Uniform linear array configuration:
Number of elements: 12
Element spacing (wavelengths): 0.75
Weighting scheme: blackman
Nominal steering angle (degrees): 30
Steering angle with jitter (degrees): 28.448
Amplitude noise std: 0.05
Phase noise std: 0.05

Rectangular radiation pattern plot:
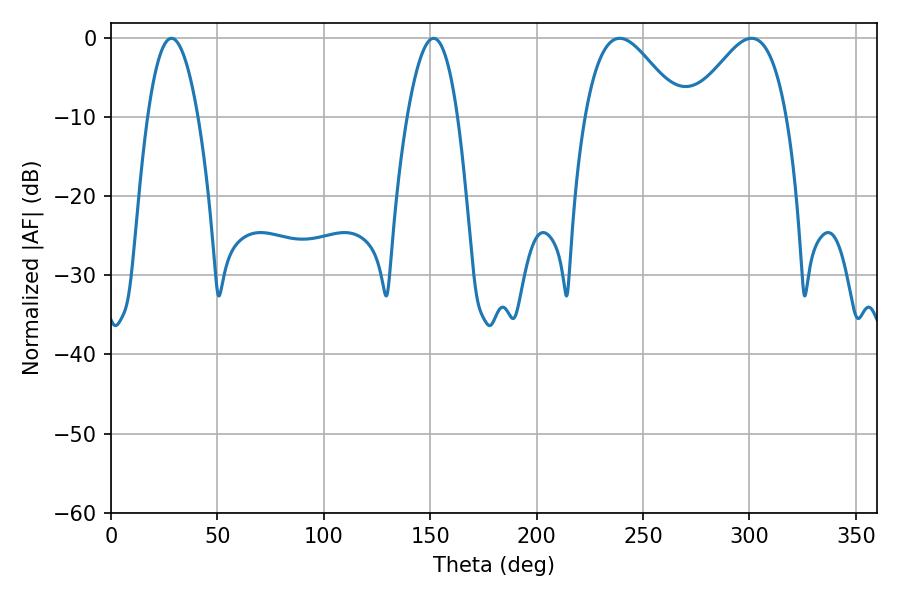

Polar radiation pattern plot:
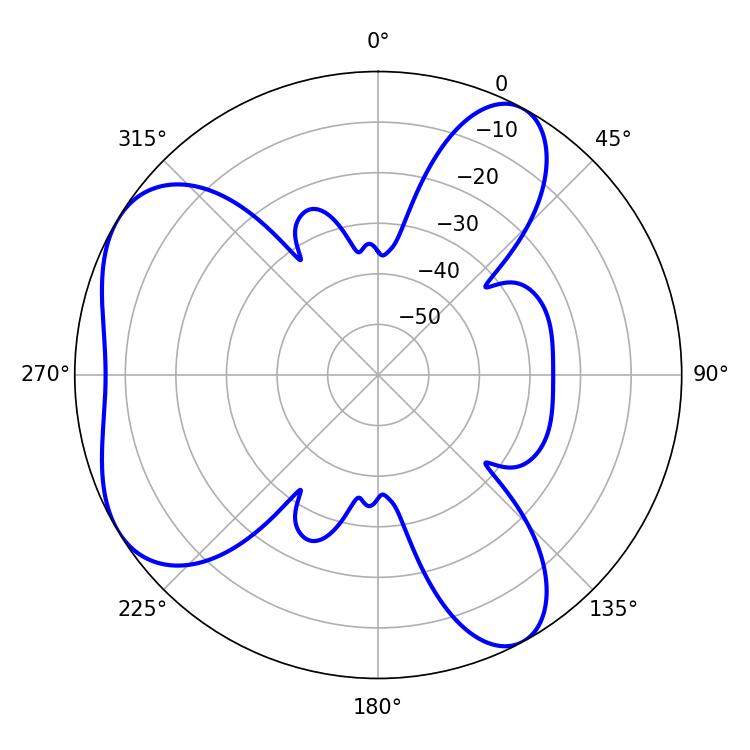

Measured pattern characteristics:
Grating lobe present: TRUE
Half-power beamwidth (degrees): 23.94
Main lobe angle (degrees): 239.04